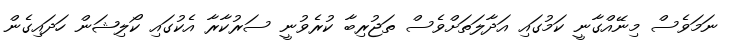
ނަމަވެސް މިނޭއްގާނީ ކަމުގައި އަދާލަތަށްވެސް ތަޖުރިބާ ކުރެވުނީ ސަރުކާރާ އެކުގައި ކޯލިޝަން ހަދައިގެން